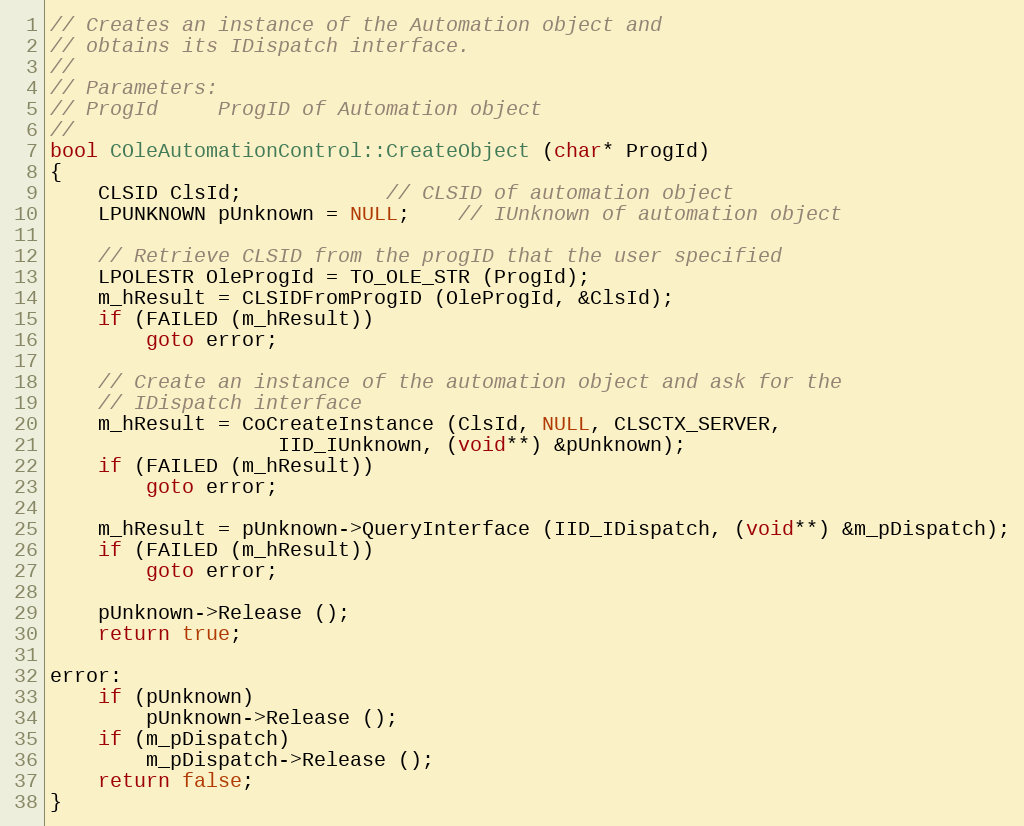
Language: C++
// Creates an instance of the Automation object and
// obtains its IDispatch interface.
//
// Parameters:
// ProgId	  ProgID of Automation object
//
bool COleAutomationControl::CreateObject (char* ProgId)
{
	CLSID ClsId;			// CLSID of automation object
	LPUNKNOWN pUnknown = NULL;	// IUnknown of automation object

	// Retrieve CLSID from the progID that the user specified
	LPOLESTR OleProgId = TO_OLE_STR (ProgId);
	m_hResult = CLSIDFromProgID (OleProgId, &ClsId);
	if (FAILED (m_hResult))
		goto error;

	// Create an instance of the automation object and ask for the
	// IDispatch interface
	m_hResult = CoCreateInstance (ClsId, NULL, CLSCTX_SERVER,
			       IID_IUnknown, (void**) &pUnknown);
	if (FAILED (m_hResult))
		goto error;

	m_hResult = pUnknown->QueryInterface (IID_IDispatch, (void**) &m_pDispatch);
	if (FAILED (m_hResult))
		goto error;

	pUnknown->Release ();
	return true;

error:
	if (pUnknown)
		pUnknown->Release ();
	if (m_pDispatch)
		m_pDispatch->Release ();
	return false;
}